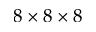
8 \times 8 \times 8